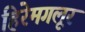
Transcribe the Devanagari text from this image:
हिरेमगलूर